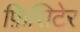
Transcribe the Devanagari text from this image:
फ़िसिटेर